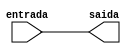
module IN(entrada,saida);

input[15:0] entrada;
output reg[15:0] saida;

always@(*) begin


	saida = {entrada};
	
end 
endmodule